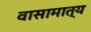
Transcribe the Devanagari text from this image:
वासामात्य